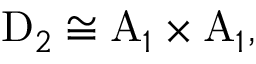
\mathrm { D } _ { 2 } \cong \mathrm { A } _ { 1 } \times \mathrm { A } _ { 1 } ,